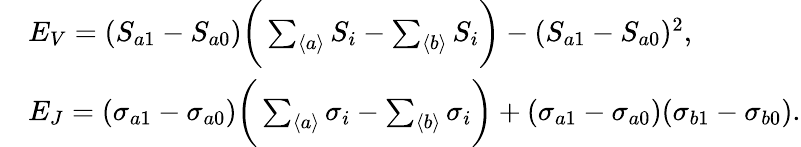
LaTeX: \begin{array}{rl}&{E_{V}=(S_{a1}-S_{a0})\bigg(\sum_{\langle a\rangle}S_{i}-\sum_{\langle b\rangle}S_{i}\bigg)-(S_{a1}-S_{a0})^{2},}\\ &{E_{J}=(\sigma_{a1}-\sigma_{a0})\bigg(\sum_{\langle a\rangle}\sigma_{i}-\sum_{\langle b\rangle}\sigma_{i}\bigg)+(\sigma_{a1}-\sigma_{a0})(\sigma_{b1}-\sigma_{b0}).}\end{array}